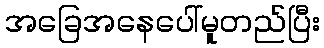
အခြေအနေပေါ်မူတည်ပြီး